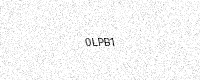
Text: 0LPB1